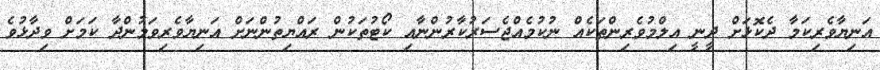
އަނިޔާވެރިކަމާ ދެކޮޅަށް ދީނީ އިލްމުވެރިންތަކެއް ނުކުމެއްޖެސަރުކާރުންނާއި ކޯޓުތަކުން ރައްޔިތުންނަށް އަނިޔާވެރިވަމުންދާ ކަމަށް ވިދާޅުވެ